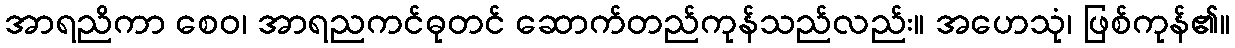
အာရညိကာ စေဝ၊ အာရညကင်ဓုတင် ဆောက်တည်ကုန်သည်လည်း။ အဟေသုံ၊ ဖြစ်ကုန်၏။